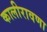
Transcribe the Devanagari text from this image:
कालीरावणा